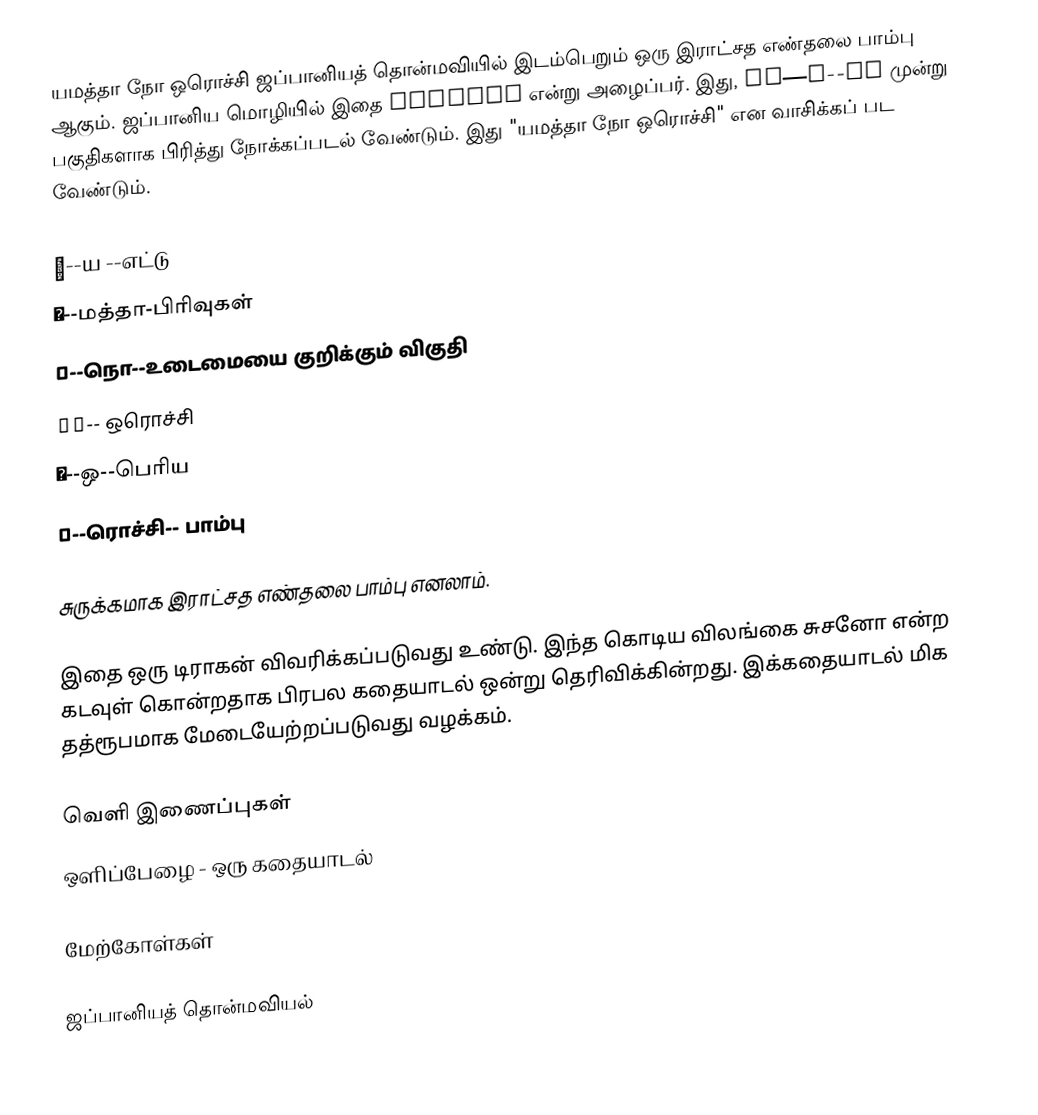
யமத்தா நோ ஒரொச்சி ஜப்பானியத் தொன்மவியில் இடம்பெறும் ஒரு இராட்சத எண்தலை பாம்பு ஆகும். ஜப்பானிய மொழியில் இதை ヤマタノオロチ என்று அழைப்பர். இது, 八俣—の--大蛇 முன்று பகுதிகளாக பிரித்து நோக்கப்படல் வேண்டும். இது "யமத்தா நோ ஒரொச்சி" என வாசிக்கப் பட வேண்டும்.

 八--ய --எட்டு
 俣--மத்தா-பிரிவுகள்
 の--நொ--உடைமையை குறிக்கும் விகுதி
 大蛇-- ஒரொச்சி
 大--ஒ--பெரிய
 蛇--ரொச்சி-- பாம்பு

சுருக்கமாக இராட்சத எண்தலை பாம்பு எனலாம்.

இதை ஒரு டிராகன் விவரிக்கப்படுவது உண்டு. இந்த கொடிய விலங்கை சுசனோ என்ற கடவுள் கொன்றதாக பிரபல கதையாடல் ஒன்று தெரிவிக்கின்றது. இக்கதையாடல் மிக தத்ரூபமாக மேடையேற்றப்படுவது வழக்கம்.

வெளி இணைப்புகள்
 ஒளிப்பேழை - ஒரு கதையாடல்

மேற்கோள்கள்

ஜப்பானியத் தொன்மவியல்